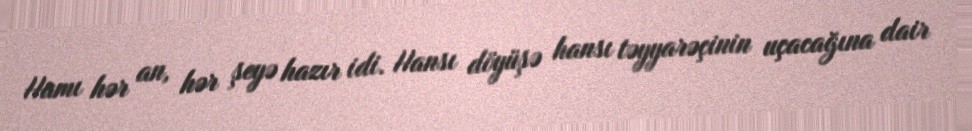
Hamı hər an, hər şeyə hazır idi. Hansı döyüşə hansı təyyarəçinin uçacağına dair